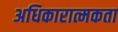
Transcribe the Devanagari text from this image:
अधिकारात्मकता